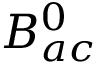
B _ { a c } ^ { 0 }